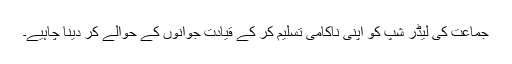
جماعت کی لیڈر شپ کو اپنی ناکامی تسلیم کر کے قیادت جوانوں کے حوالے کر دینا چاہیے۔